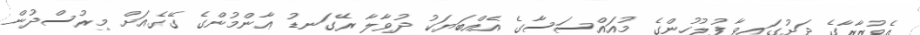
އެވުޒާރާގެ ދަށުގައިވާ ފުލުހުންގެ މުއައްސަސާގެ އެއްބަޔަކު ދުވާލާ ރޭގަނޑު ޢާންމުންގެ ގޭގެއަށް މިރުސްދުން